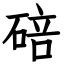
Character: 碚